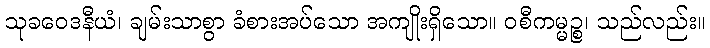
သုခဝေဒနီယံ၊ ချမ်းသာစွာ ခံစားအပ်သော အကျိုးရှိသော။ ဝစီကမ္မဉ္စ၊ သည်လည်း။